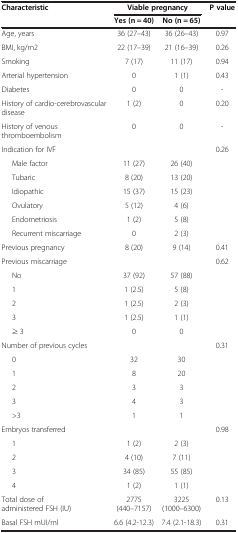
<table><thead><tr><td rowspan="2"><b>Characteristic</b></td><td colspan="2"><b>Viable pregnancy</b></td><td rowspan="2"><b>P value</b></td></tr><tr><td><b>Yes (n = 40)</b></td><td><b>No (n = 65)</b></td></tr></thead><tbody><tr><td>Age, years</td><td>36 (27–43)</td><td>36 (26–43)</td><td>0.97</td></tr><tr><td>BMI, kg/m2</td><td>22 (17–39)</td><td>21 (16–39)</td><td>0.26</td></tr><tr><td>Smoking</td><td>7 (17)</td><td>11 (17)</td><td>0.94</td></tr><tr><td>Arterial hypertension</td><td>0</td><td>1 (1)</td><td>0.43</td></tr><tr><td>Diabetes</td><td>0</td><td>0</td><td>-</td></tr><tr><td>History of cardio-cerebrovascular disease</td><td>1 (2)</td><td>0</td><td>0.20</td></tr><tr><td>History of venous thromboembolism</td><td>0</td><td>0</td><td>-</td></tr><tr><td>Indication for IVF</td><td> </td><td> </td><td rowspan="7">0.26</td></tr><tr><td>Male factor</td><td>11 (27)</td><td>26 (40)</td></tr><tr><td>Tubaric</td><td>8 (20)</td><td>13 (20)</td></tr><tr><td>Idiopathic</td><td>15 (37)</td><td>15 (23)</td></tr><tr><td>Ovulatory</td><td>5 (12)</td><td>4 (6)</td></tr><tr><td>Endometriosis</td><td>1 (2)</td><td>5 (8)</td></tr><tr><td>Recurrent miscarriage</td><td>0</td><td>2 (3)</td></tr><tr><td>Previous pregnancy</td><td>8 (20)</td><td>9 (14)</td><td>0.41</td></tr><tr><td>Previous miscarriage</td><td> </td><td> </td><td rowspan="6">0.62</td></tr><tr><td>No</td><td>37 (92)</td><td>57 (88)</td></tr><tr><td>1</td><td>1 (2.5)</td><td>5 (8)</td></tr><tr><td>2</td><td>1 (2.5)</td><td>2 (3)</td></tr><tr><td>3</td><td>1 (2.5)</td><td>1 (1)</td></tr><tr><td>≥ 3</td><td>0</td><td>0</td></tr><tr><td>Number of previous cycles</td><td> </td><td> </td><td rowspan="6">0.31</td></tr><tr><td>0</td><td>32</td><td>30</td></tr><tr><td>1</td><td>8</td><td>20</td></tr><tr><td>2</td><td>3</td><td>3</td></tr><tr><td>3</td><td>4</td><td>3</td></tr><tr><td>&gt;3</td><td>1</td><td>1</td></tr><tr><td>Embryos transferred</td><td> </td><td> </td><td rowspan="5">0.98</td></tr><tr><td>1</td><td>1 (2)</td><td>2 (3)</td></tr><tr><td>2</td><td>4 (10)</td><td>7 (11)</td></tr><tr><td>3</td><td>34 (85)</td><td>55 (85)</td></tr><tr><td>4</td><td>1 (2)</td><td>1 (1)</td></tr><tr><td>Total dose of administered FSH (IU)</td><td>2775 (440–7157)</td><td>3225 (1000–6300)</td><td>0.13</td></tr><tr><td>Basal FSH mUI/ml</td><td>6.6 (4.2-12.3)</td><td>7.4 (2.1-18.3)</td><td>0.31</td></tr></tbody></table>